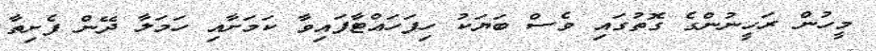
މީހުން ރަހީނުންގެ ގޮތުގައި ވެސް ބަޔަކު ހިފަހައްޓާފައިވާ ކަމަށާއި ހަމަލާ ދޭން ފެށިތާ